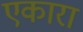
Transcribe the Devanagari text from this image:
एकारा